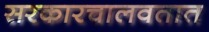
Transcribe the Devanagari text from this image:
सरकारचालवतात